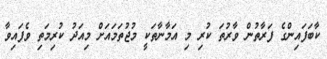
ކާބަފައިންގެ ފަރާތުން ވާރުތަ ކުރި މި އަމާނާތަކީ މުޖުތަމައަށް މިއަދު ކުރިމަތި ވެފައިވާ